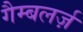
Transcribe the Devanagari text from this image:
गैम्बलर्ज़